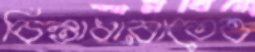
চিন্তাধারাতেও